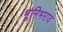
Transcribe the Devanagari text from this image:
भूमिभराव